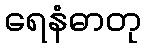
ရေနံဓာတု